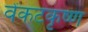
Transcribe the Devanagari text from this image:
वेंकटकृष्ण